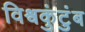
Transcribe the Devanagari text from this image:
विश्वकुंटुंब